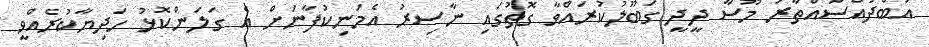
އަބްދުއްސައްތާރު މޫސާ ދީދީ ގަބޫލުކުރައްވާ ގޮތުގައި ނާސިރު އެމަނިކުފާނަށް އެ ގަލަންކޮޅު ހަދިޔާކުރެއްވީ